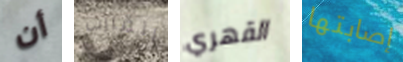
أن القارب القهري إصابتها